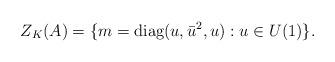
LaTeX: \begin{align*}Z_K(A)=\{m=\textrm{diag}(u,\bar{u}^2, u) : u\in U(1)\}.\end{align*}